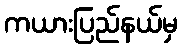
ကယားပြည်နယ်မှ